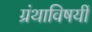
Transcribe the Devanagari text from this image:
ग्रंथाविषयीं